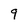
Character: 9